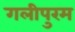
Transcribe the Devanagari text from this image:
गलीपुरम